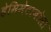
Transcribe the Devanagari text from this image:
हेमिमेटाबोला